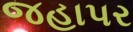
જહાપર